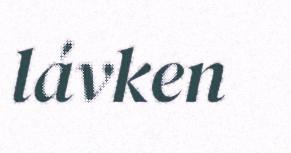
lávken